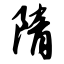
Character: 隋